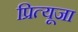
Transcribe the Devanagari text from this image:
प्रित्यूजा